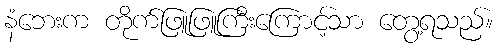
နံဘေးက တိုက်ဖြူဖြူကြီးကြောင့်သာ တွေ့ရသည်။